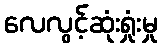
လေလွင့်ဆုံးရှုံးမှု